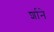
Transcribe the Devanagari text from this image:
र्शाने